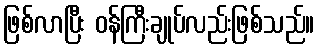
ဖြစ်လာပြီး ဝန်ကြီးချုပ်လည်းဖြစ်သည်။